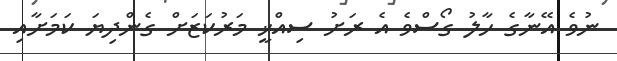
ނުވެ އޭނާގެ ހާލު ގޯސްވެ އެ ރަށު ސިއްޚީ މަރުކަޒަށް ގެންދިޔަ ކަމަށާއި